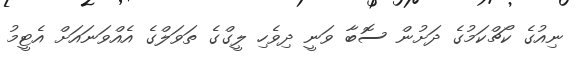
ނިއުގެ ކޯޗްކަމުގެ ދަށުން ސޮބާ ވަނީ ދިވެހި ލީގްގެ ތަވަލްގެ އެއްވަނައަށް އެޓީމު